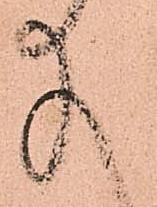
給